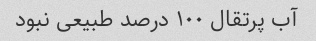
آب پرتقال ۱۰۰ درصد طبیعی نبود